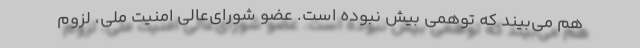
هم می‌بیند که توهمی بیش نبوده است. عضو شورای‌عالی امنیت ملّی، لزوم